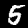
Label: 5